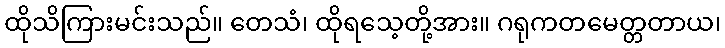
ထိုသိကြားမင်းသည်။ တေသံ၊ ထိုရသေ့တို့အား။ ဂရုကတမေတ္တတာယ၊